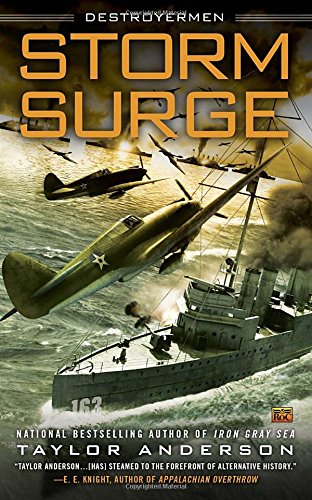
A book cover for Storm Surge: Destroyermen; Taylor Anderson; Science Fiction & Fantasy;